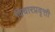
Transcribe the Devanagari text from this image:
विचारप्रवृत्ती